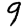
Digit: 9